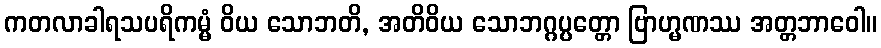
ကတလာခါရသပရိကမ္မံ ဝိယ သောဘတိ, အတိဝိယ သောဘဂ္ဂပ္ပတ္တော ဗြာဟ္မဏဿ အတ္တဘာဝေါ။